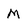
Character: M